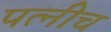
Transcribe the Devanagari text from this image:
पत्नीच